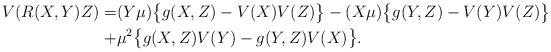
LaTeX: \begin{align*}V(R(X,Y)Z)=&(Y\mu)\bigl\{g(X,Z)-V(X)V(Z)\bigr\}-(X\mu)\bigl\{g(Y,Z)-V(Y)V(Z)\bigr\} \\+&\mu^{2}\bigl\{g(X,Z)V(Y)-g(Y,Z)V(X)\bigr\}.\end{align*}